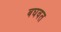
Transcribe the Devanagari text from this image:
बघवत